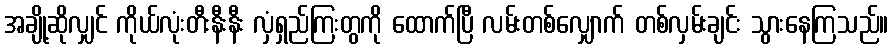
အချို့ဆိုလျှင် ကိုယ်လုံးတီးနီးနီး လှံရှည်ကြးတွကို ထောက်ပြီ လမ်းတစ်လျှောက် တစ်လှမ်းချင်း သွားနေကြသည်။